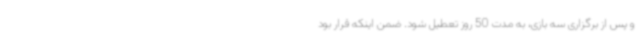
و پس از برگزاری سه بازی، به مدت 50 روز تعطیل شود. ضمن اینکه قرار بود